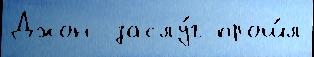
Джон  заслу́г прош́л